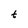
Character: t